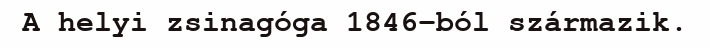
A helyi zsinagóga 1846-ból származik.